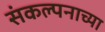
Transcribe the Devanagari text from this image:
संकल्पनाच्या